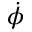
\dot { \phi }